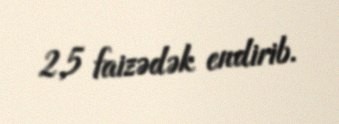
2,5 faizədək endirib.